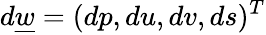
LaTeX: d\underline{{w}}=(dp,du,dv,ds)^{T}